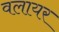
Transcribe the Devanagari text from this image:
वलायर